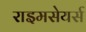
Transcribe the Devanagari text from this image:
राइमसेयर्स